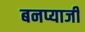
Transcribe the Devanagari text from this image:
बनप्याजी